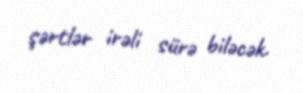
şərtlər irəli sürə biləcək.